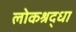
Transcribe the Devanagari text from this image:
लोकश्रद्धा